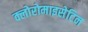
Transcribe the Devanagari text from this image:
क्लोरोमाइसेटिन